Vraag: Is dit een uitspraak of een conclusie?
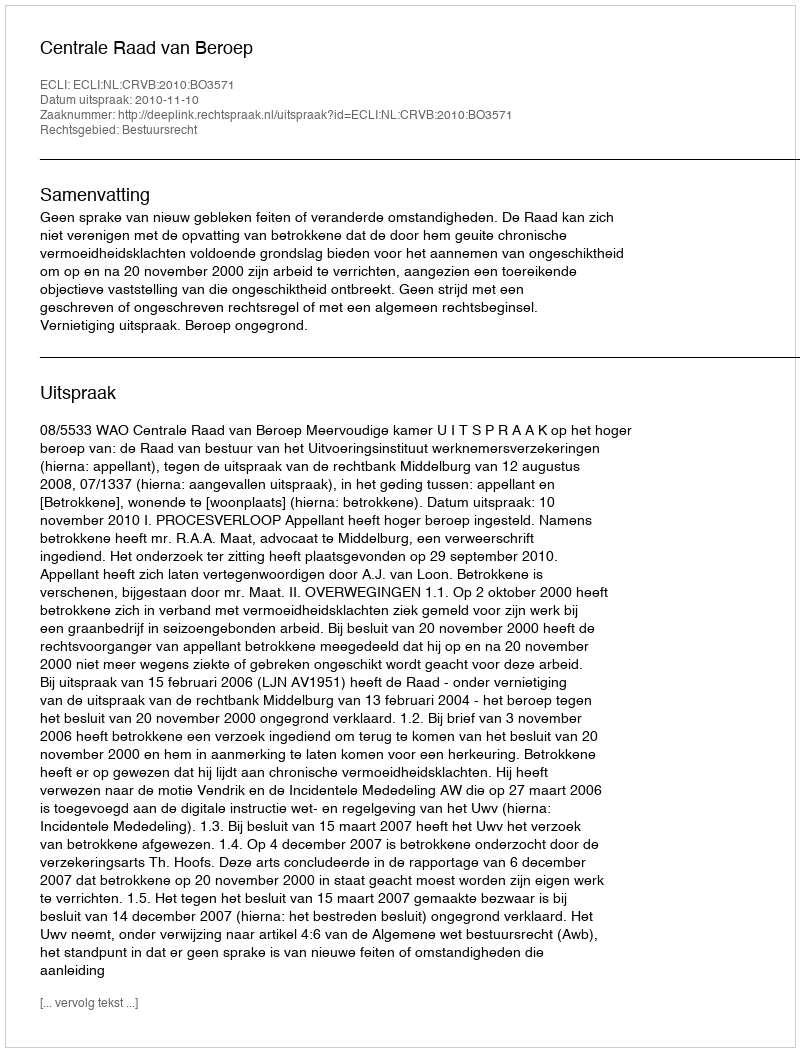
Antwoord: Uitspraak